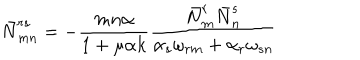
LaTeX: \bar { N } _ { m n } ^ { r s } = - { \frac { m n \alpha } { 1 + \mu \alpha k } } { \frac { \bar { N } _ { m } ^ { r } \bar { N } _ { n } ^ { s } } { \alpha _ { s } \omega _ { r m } + \alpha _ { r } \omega _ { s n } } }